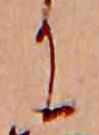
に